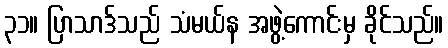
၃၁။ ပြာသာဒ်သည် သံမယ်န အဖွဲ့ကောင်းမှ ခိုင်သည်။